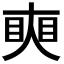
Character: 𥇛